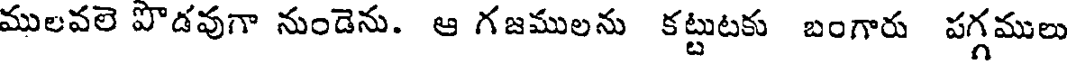
ములవలె పొడవుగా నుండెను. ఆ గజములను కట్టుటకు బంగారు పగ్గములు